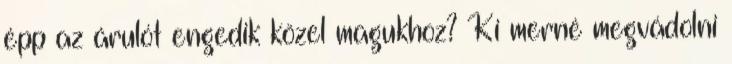
épp az árulót engedik közel magukhoz? Ki merné megvádolni